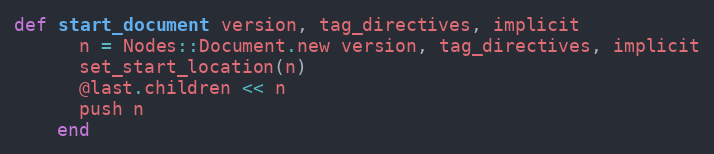
Language: Ruby
def start_document version, tag_directives, implicit
      n = Nodes::Document.new version, tag_directives, implicit
      set_start_location(n)
      @last.children << n
      push n
    end